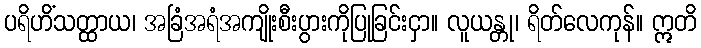
ပရိဟိံသတ္ထာယ၊ အခြံအရံအကျိုးစီးပွားကိုပြုခြင်းငှာ။ လူယန္တု၊ ရိတ်လေကုန်။ ဣတိ